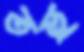
তহু